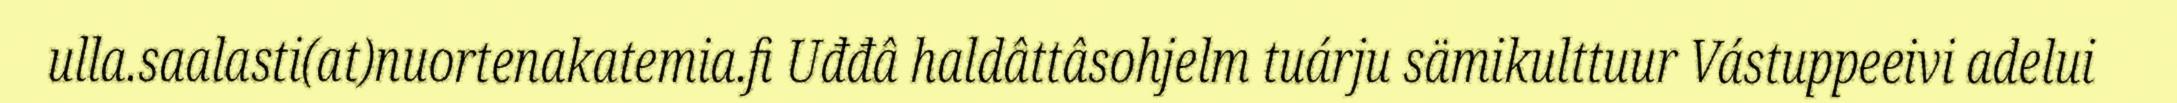
ulla.saalasti(at)nuortenakatemia.fi Uđđâ haldâttâsohjelm tuárju sämikulttuur Vástuppeeivi adelui